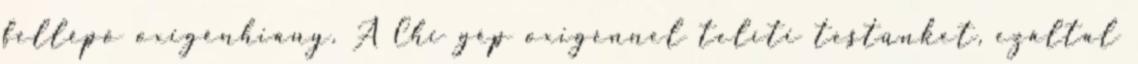
fellépő oxigénhiány. A Chi gép oxigénnel telíti testünket, ezáltal